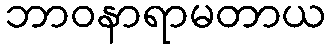
ဘာဝနာရာမတာယ